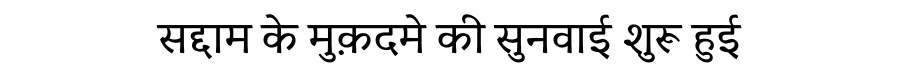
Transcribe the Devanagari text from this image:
सद्दाम के मुक़दमे की सुनवाई शुरू हुई